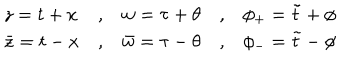
\begin{array} { l c l c l } { { z = t + x } } & { { , } } & { { w = \tau + \theta } } & { { , } } & { { \phi _ { + } = \tilde { t } + \phi } } \\ { { \bar { z } = t - x } } & { { , } } & { { \bar { w } = \tau - \theta } } & { { , } } & { { \phi _ { - } = \tilde { t } - \phi } } \\ \end{array}